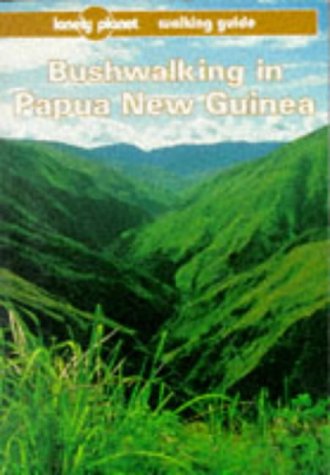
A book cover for Lonely Planet Bushwalking in Papua New Guinea; Yvon Perusse; Travel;